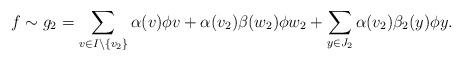
LaTeX: \begin{align*} f\sim g_2=\sum_{v\in I\setminus \{v_2\}} \alpha(v)\phi v+\alpha(v_2)\beta(w_2)\phi w_2 + \sum_{y\in J_2}\alpha(v_2)\beta_2(y)\phi y.\end{align*}